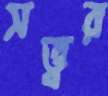
সত্ত্বর